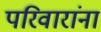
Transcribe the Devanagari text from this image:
परिवारांना